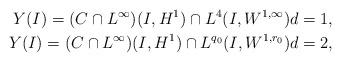
LaTeX: \begin{align*}Y(I) = (C\cap L^\infty)(I,H^1) \cap L^4(I,W^{1,\infty}) & d=1, \\Y(I) = (C\cap L^\infty)(I,H^1) \cap L^{q_0}(I,W^{1,{r_0}}) & d=2, \end{align*}